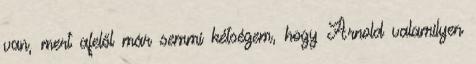
van, mert afelől már semmi kétségem, hogy Arnold valamilyen